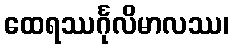
ထေရဿင်္ဂုလိမာလဿ၊